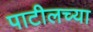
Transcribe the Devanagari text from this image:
पाटीलच्या